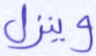
وينزل